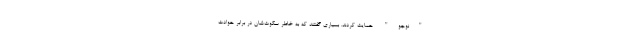
"نوجو" حمایت کردند. بسیاری گفتند که به خاطر سکوت‌شان در برابر حوادث